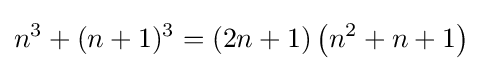
n^{3}+(n+1)^{3}=(2n+1)\left(n^{2}+n+1\right)